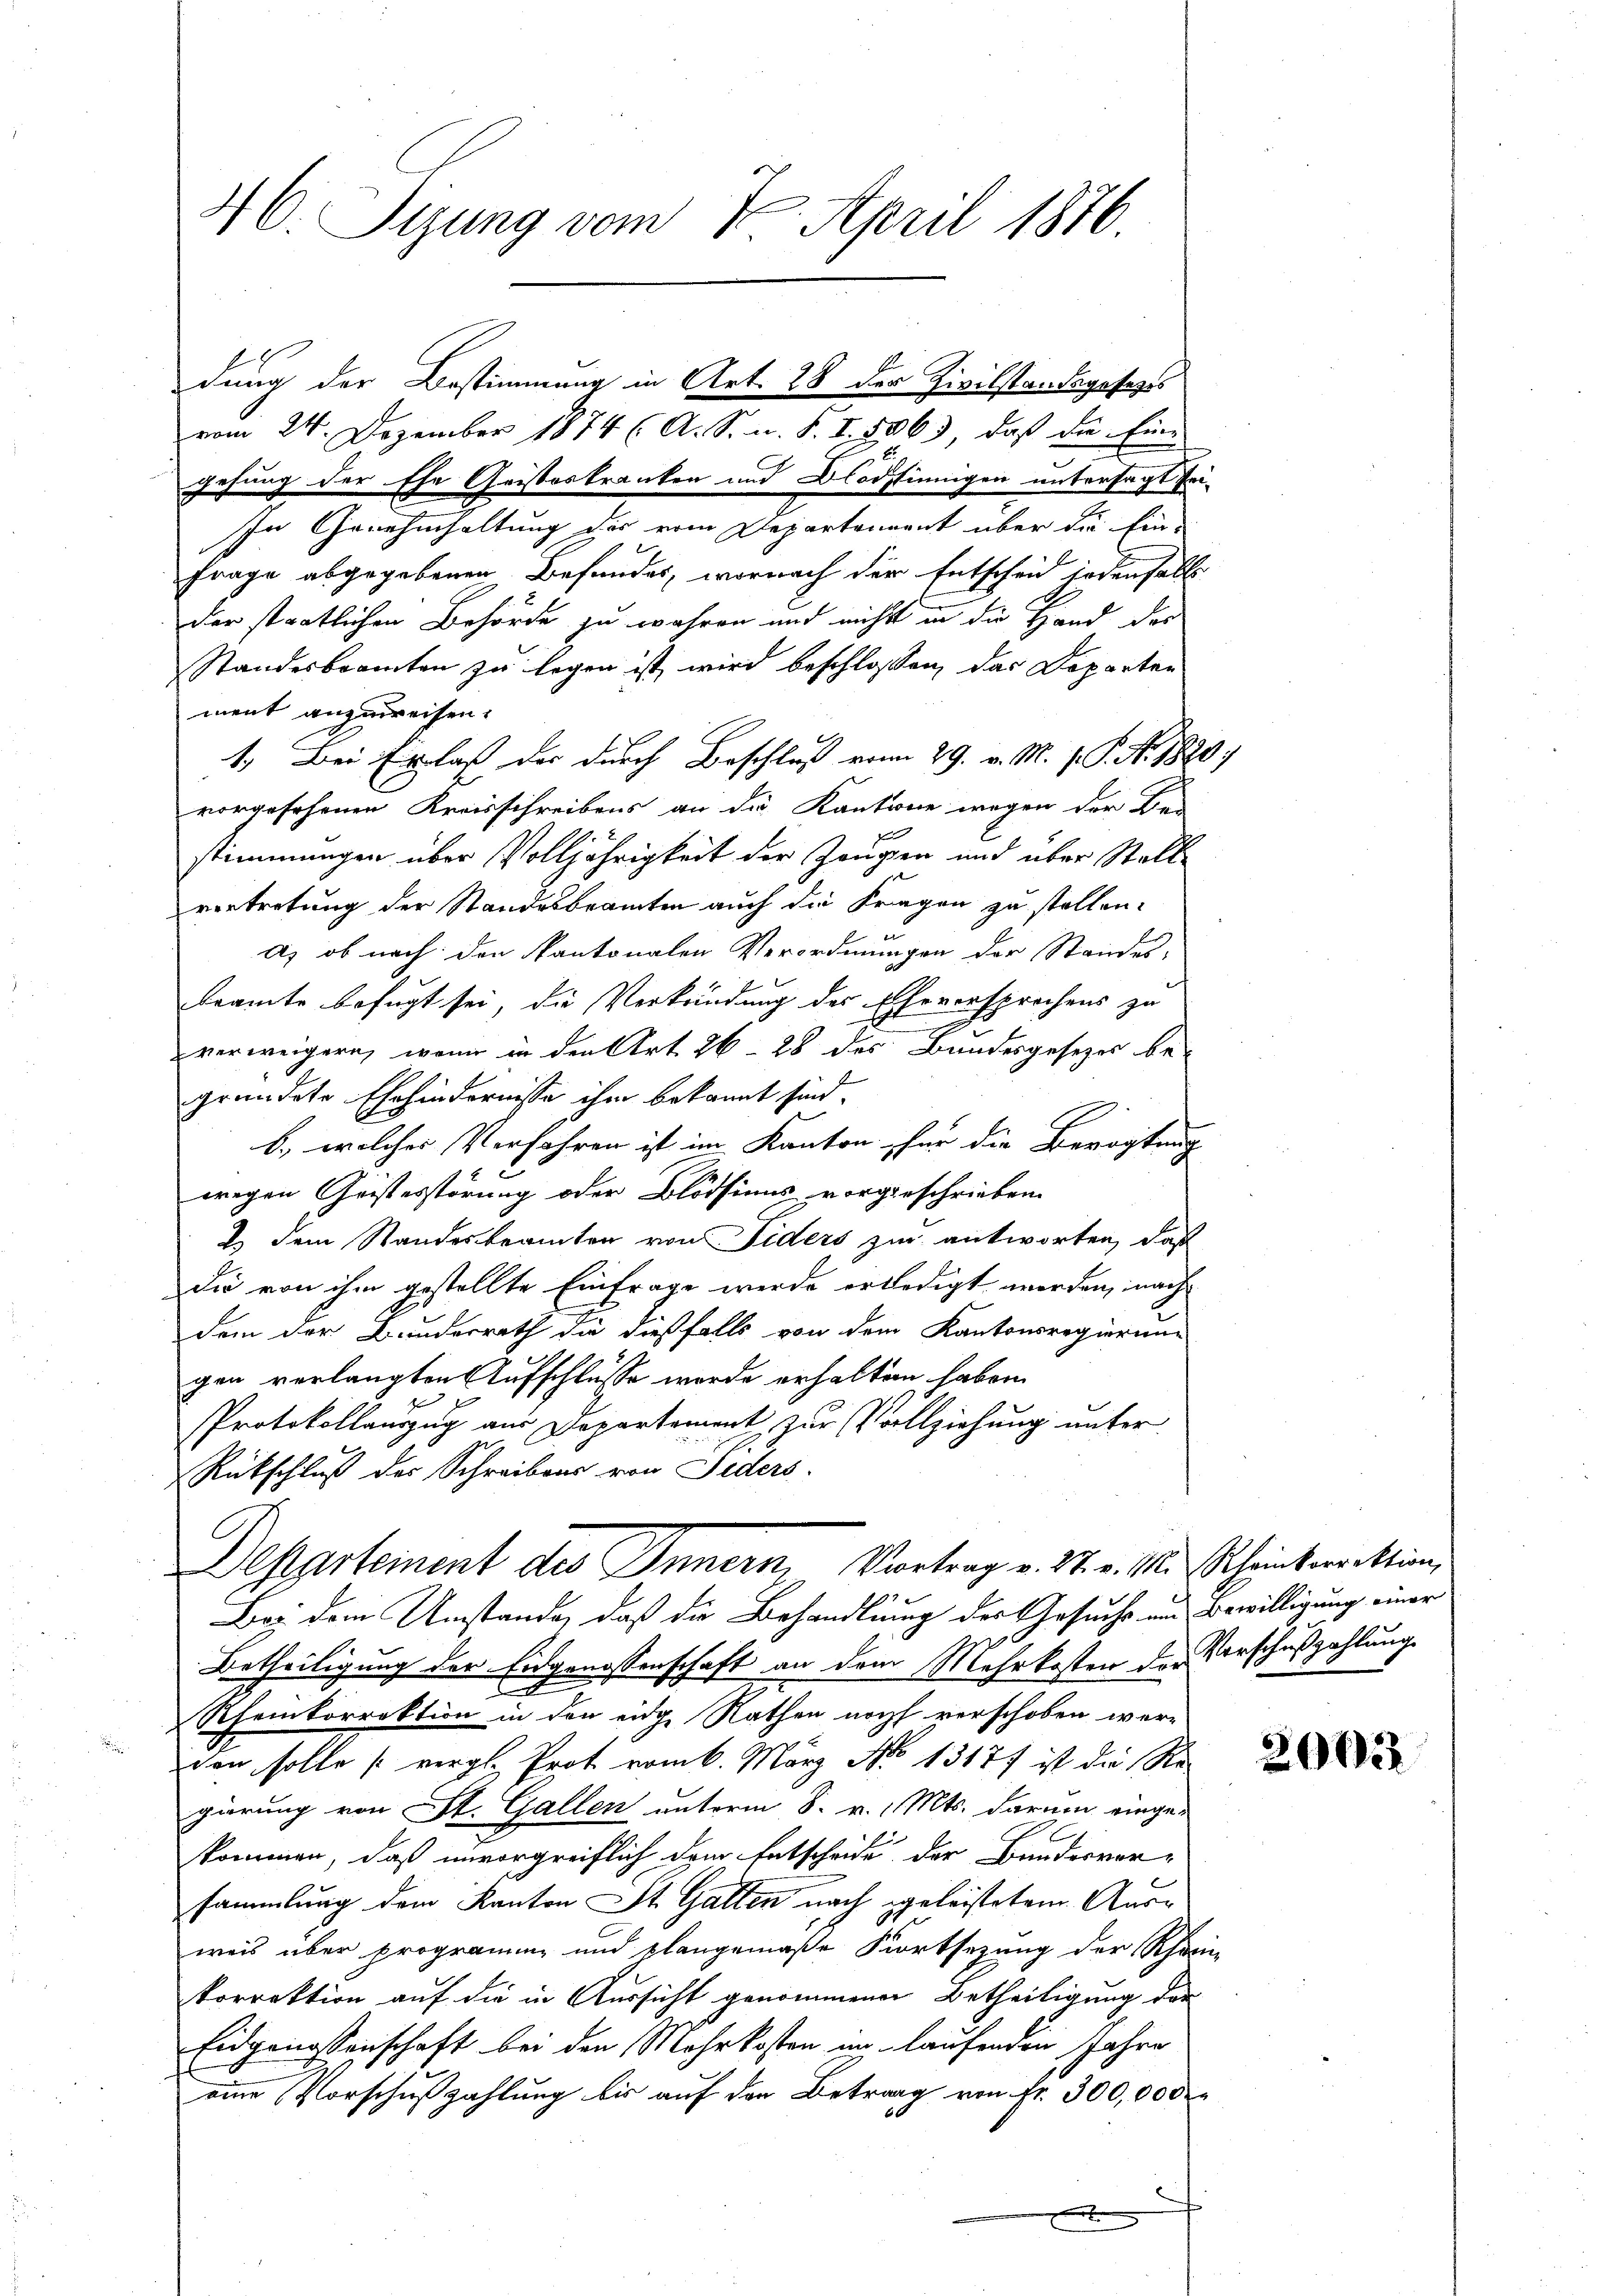
46. Sizung vom 7. April 1876

vom 24. Dezember 1874 (A. S. m. S. I. 506), daß die Eine
gehung der Ehe Cristeskranken und Blödsinnigen untersagt sei.
In Genehmhaltung des vom Departenerat über die Ein-
Frage abgegebenen Befundes, wornach der Entscheid jedenselb
der staatlichen Behörde zu wahren und nichts in die Hand der
Standesbeamten zu legen ist wird beschlossen, das Departen
ment anzuweisen.
1. Bei Erlaß der durch Beschluß vom 29. v. M. v. P. No. 1890;
vorgesehenen Kreisschreibens an die Kantone wegen der Bei
d
stimmungen über Volljährigkeit der Zeugen und über Stell
e
vertretung der Standesbeamten auch die Fragen zu stellen.
E
a) ob nach den kantonalen Verordnungen der Standes-
beamte befugt sei, die Verkündung des Eheversprochens zu
verweigern, wenn in den Art. 26 - 28 des Bundesgesezes be-
gründete Ehehindernisse ihm bekannt sind.
b., welches Verfahren ist im Kanton für die Bevogtung
wegen Geistesstörung oder Blödsinns vorgeschrieben.
2. dem Standesbeamten von Fiders zu antworten, daß
die von ihm gestellte Einfrage werde erledigt werden, nach
dem der Bundesrath die dießfalls von dem Kantonsregierung
gen verlangten Aufschlüsse werde erhalten haben.
Protokollauszug aus Departement zur Vollziehung unter
Rückschluß der Schreibens von Siders
Departement des Innern, Vortrag v. 27. v. M. Scheinkorrektion,
Bei dem Umstande, daß die Behandlung des Gesuchs um Bewilligung einer
Betheiligung der Eidgenossenschaft an dem Mehrkosten der Vorschußzahlung
E
Rheinkorrektion in den eidg. Rathen noch verschoben wer-
den solle [vergl. Prot vom 6. März No 13177 ist die Re-
gierung von St. Gallen unterm 8. v. Mts. darum einge-
kommen, daß unvorgreiflich dem Entscheide der Bundesver-
sammlung dem Kanton St. Gatten nach geleistetem Aus¬
.
weis über programm und plangemäße Fortsezung der Rhein
korrektion auf die in Aussicht genommenen Betheiligung der
Eidgenossenschaft bei den Mehrkosten im laufenden Jahre
eine Vorschußzahlung bis auf den Betrag von fr. 300,000

dung der Bestimmung in Art. 28 der Zivilstandsgesezes

20122